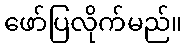
ဖော်ပြလိုက်မည်။